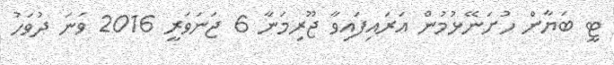
ޓީ ބަޔާން ހުށަނޭޅުމުން އަރައިފައިވާ ޖޫރިމަނާ 6 ޖަނަވަރީ 2016 ވަނަ ދުވަހު